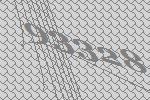
93328